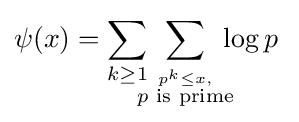
\psi (x)=\sum _{k\geq 1}\sum _{\overset {p^{k}\leq x,}{\!\!\!\!p{\text{ is prime}}\!\!\!\!}}\log p\;